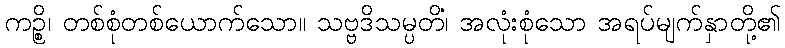
ကဉ္စိ၊ တစ်စုံတစ်ယောက်သော။ သဗ္ဗဒိသမ္ပတိံ၊ အလုံးစုံသော အရပ်မျက်နှာတို့၏